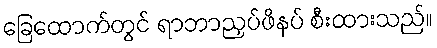
ခြေထောက်တွင် ရာဘာညှပ်ဖိနပ် စီးထားသည်။